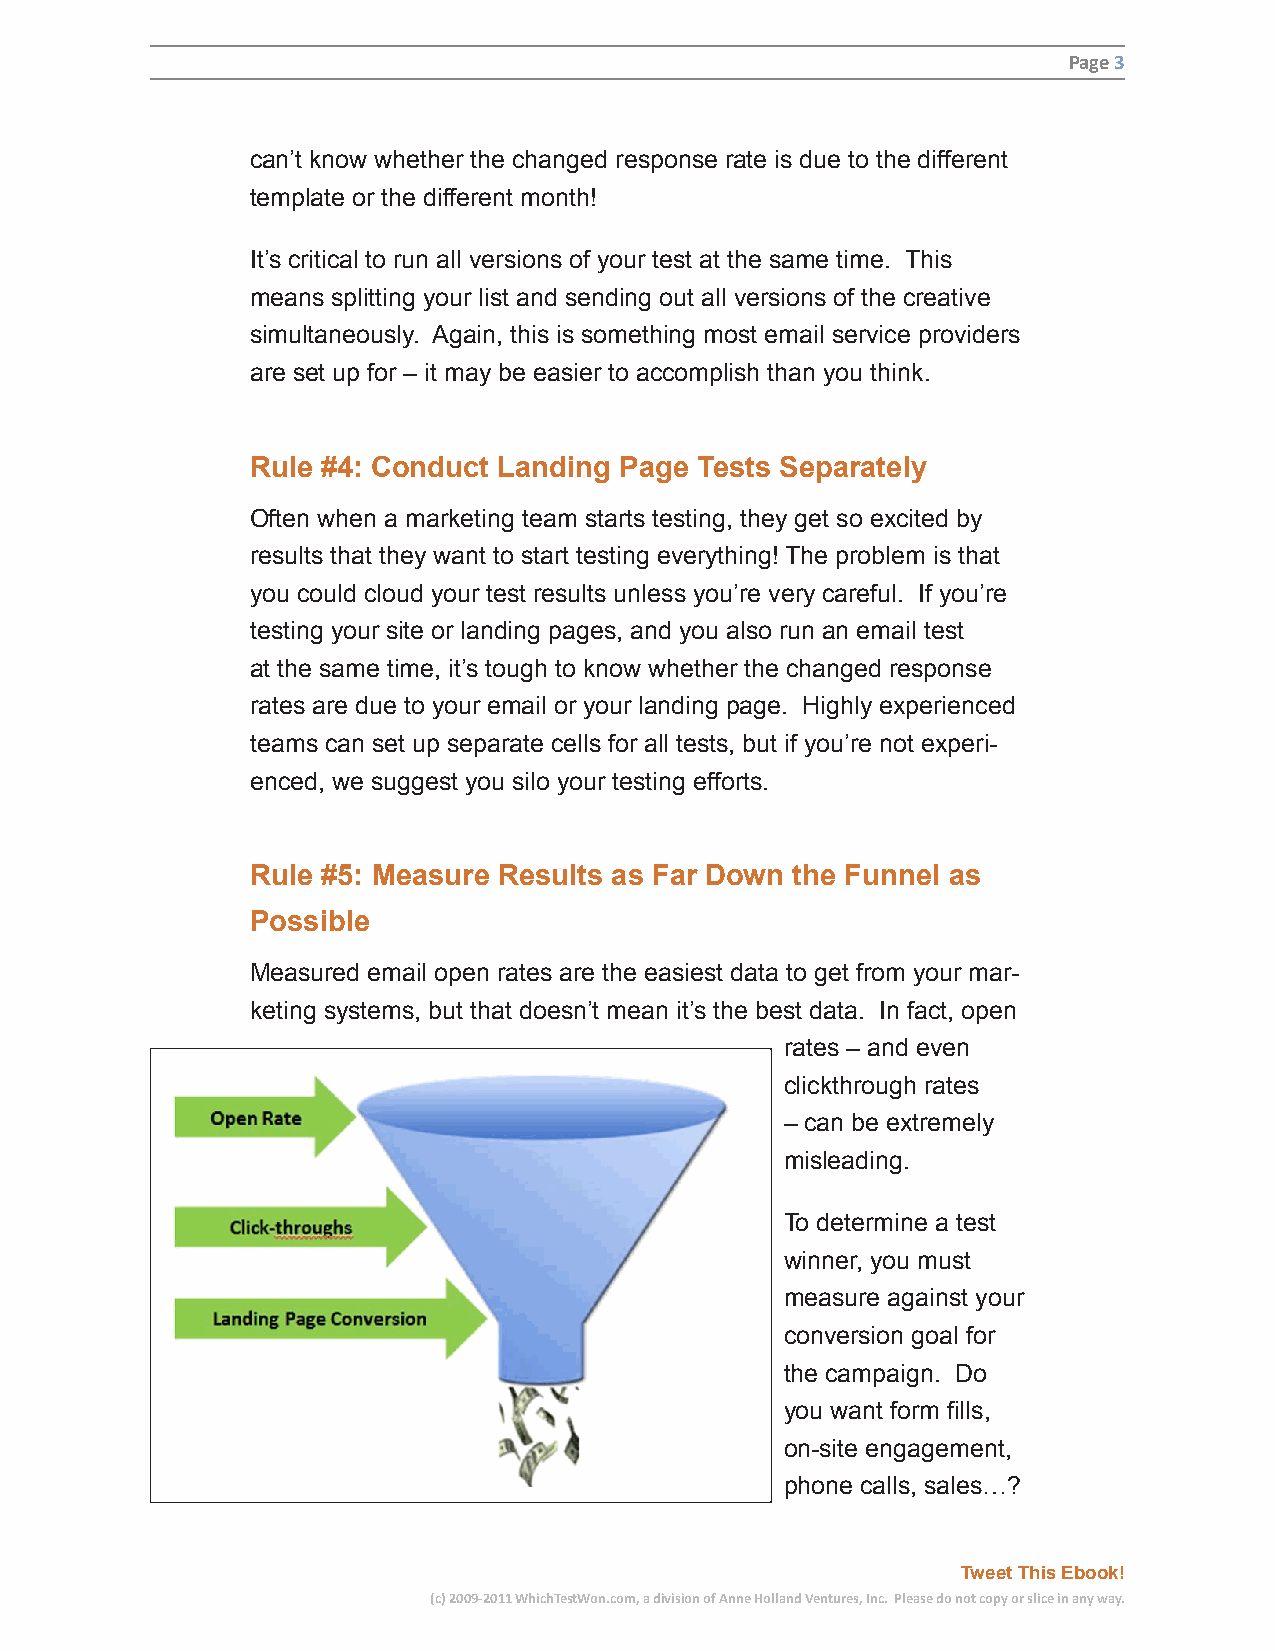
Page 3
 can’t know whether the changed response rate is due to the different
 template or the different month!
 It’s critical to run all versions of your test at the same time. This
 means splitting your list and sending out all versions of the creative
 simultaneously. Again, this is something most email service providers
 are set up for – it may be easier to accomplish than you think.
 Rule #4: Conduct Landing Page Tests Separately
 Often when a marketing team starts testing, they get so excited by
 results that they want to start testing everything! The problem is that
 you could cloud your test results unless you’re very careful. If you’re
 testing your site or landing pages, and you also run an email test
 at the same time, it’s tough to know whether the changed response
 rates are due to your email or your landing page. Highly experienced
 teams can set up separate cells for all tests, but if you’re not experi-
 enced, we suggest you silo your testing efforts.
 Rule #5: Measure Results as Far Down the Funnel as
 Possible
 Measured email open rates are the easiest data to get from your mar-
 keting systems, but that doesn’t mean it’s the best data. In fact, open
 rates – and even
 clickthrough rates
 – can be extremely
 misleading.
 To determine a test
 winner, you must
 measure against your
 conversion goal for
 the campaign. Do
 you want form fills,
 on-site engagement,
 phone calls, sales…?
 Tweet This Ebook!
 (c) 2009-2011 WhichTestWon.com, a division of Anne Holland Ventures, Inc. Please do not copy or slice in any way.